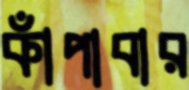
কাঁপাবার